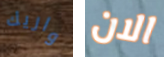
واريك الان